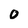
Character: 0